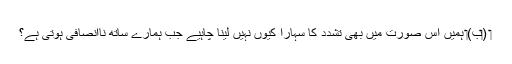
‏ (‏ب)‏ ہمیں اُس صورت میں بھی تشدد کا سہارا کیوں نہیں لینا چاہیے جب ہمارے ساتھ نااِنصافی ہوتی ہے؟